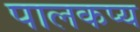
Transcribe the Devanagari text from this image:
पालकप्य